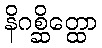
နိဂစ္ဆိတ္ထော